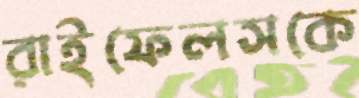
রাইফেলসকে